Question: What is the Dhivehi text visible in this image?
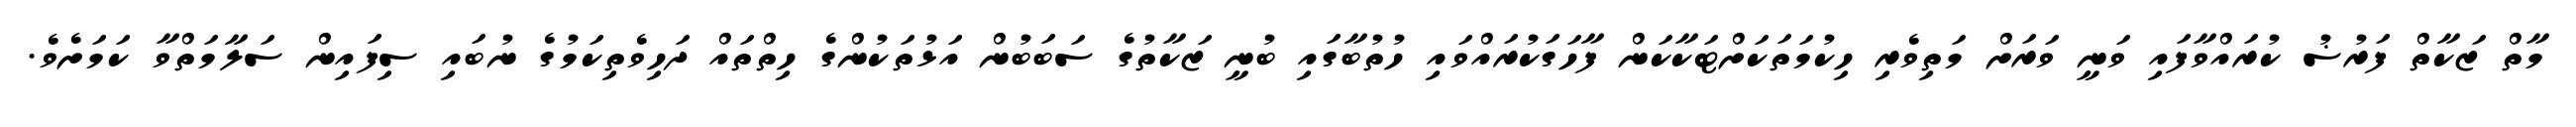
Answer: މާތް ޒަކާތް ފަރުޟު ކުރައްވާފައި ވަނީ ވަރަށް މަތިވެރި ހިކުމަތަކަށްޓަކާކަން ފާހަގަކުރައްވައި ހުތުބާގައި ބުނީ ޒަކާތުގެ ސަބަބުން އަޅުތަކުންގެ ހިތްތައް ދަހިވެތިކަމުގެ ނުބައި ސިފައިން ސަލާމަތްވާ ކަމަށެވެ.